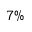
7 \%